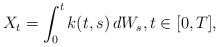
\begin{align*}X_t= \int_0^t k(t,s)\,d W_s,t \in [0,T],\end{align*}